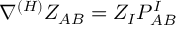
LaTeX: \nabla ^ { ( H ) } Z _ { A B } = Z _ { I } P _ { A B } ^ { I }